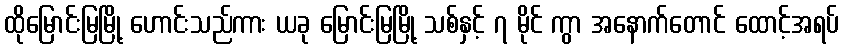
ထိုမြောင်းမြမြို့ ဟောင်းသည်ကား ယခု မြောင်းမြမြို့ သစ်နှင့် ၇ မိုင် ကွာ အနောက်တောင် ထောင့်အရပ်